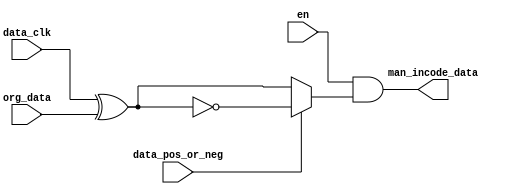
//////////////////////////////////////////////////////////////////////////////////
// 
// Module Name: manchest_incode
// Target Devices: ALL Xilinx FPGA
// Tool Versions: V1.0
// Description: Incoding the manchest code.
// 
//////////////////////////////////////////////////////////////////////////////////

module manchest_incode(
    input           data_clk,           //Indicating the date rate.
    input           org_data,           //Indicating the date.
    input           data_pos_or_neg,    //Select when the data will change.  
                                        //1:data will change when the "data_clk" is falling edge.
                                        //0:data will change when the "data_clk" is rising edge.
    input           en,                 //When this pin is high, the module will active.

    output wire     man_incode_data
    );
    
    wire            tempman_incode_data;

    assign man_incode_data = en & (((data_pos_or_neg) ? (~(data_clk ^ org_data)) : (data_clk ^ org_data)));
    
endmodule